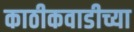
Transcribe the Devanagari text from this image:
काठीकवाडीच्या